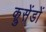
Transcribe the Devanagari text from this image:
क्रुसेंडों